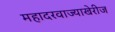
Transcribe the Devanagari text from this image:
महादरवाज्याखेरीज